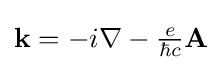
{\textstyle \mathbf {k} =-i\nabla -{\frac {e}{\hbar c}}\mathbf {A} }